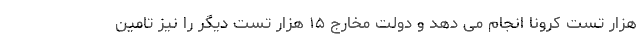
هزار تست کرونا انجام می دهد و دولت مخارج ۱۵ هزار تست دیگر را نیز تامین